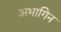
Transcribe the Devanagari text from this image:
अभागिन